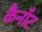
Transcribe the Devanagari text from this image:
कैनाँट